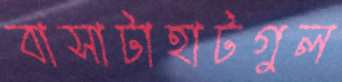
বাসাটাহাটগুল